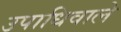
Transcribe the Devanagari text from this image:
उपाधिवाले